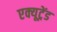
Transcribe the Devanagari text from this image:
एक्यूट्रेंड